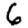
Digit: 6